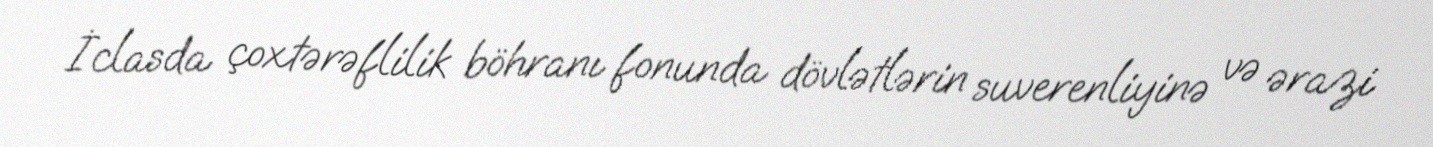
İclasda çoxtərəflilik böhranı fonunda dövlətlərin suverenliyinə və ərazi